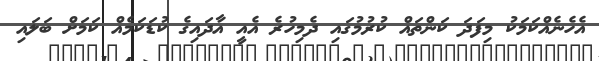
އެހެނެއްކަމަކު މިފަދަ ކަންތައް ކުރުމުގައި ދެމިހުރެ އެއީ އާދައިގެ ކުޑަކަމެއް ކަމަށް ބަލައި